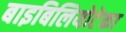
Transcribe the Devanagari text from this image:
बाइबिलियोटेका